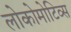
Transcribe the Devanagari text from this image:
लोकोमोटिव्स